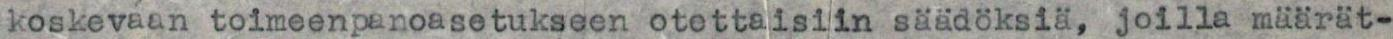
koskevaan toimeenpanoasetukseen otettaisiin säädöksiä, joilla määrät-